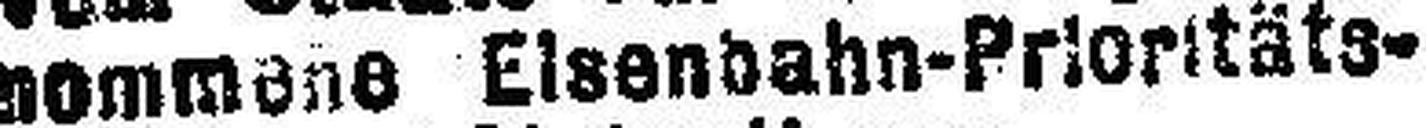
nommene Elsenbahn-Prioritäts=